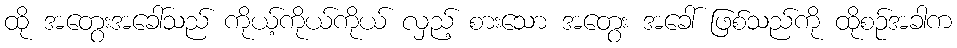
ထို အတွေးအခေါ်သည် ကိုယ့်ကိုယ်ကိုယ် လှည့် စားသော အတွေး အခေါ် ဖြစ်သည်ကို ထိုစဉ်အခါက